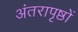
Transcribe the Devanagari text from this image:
अंतरापृष्ठों